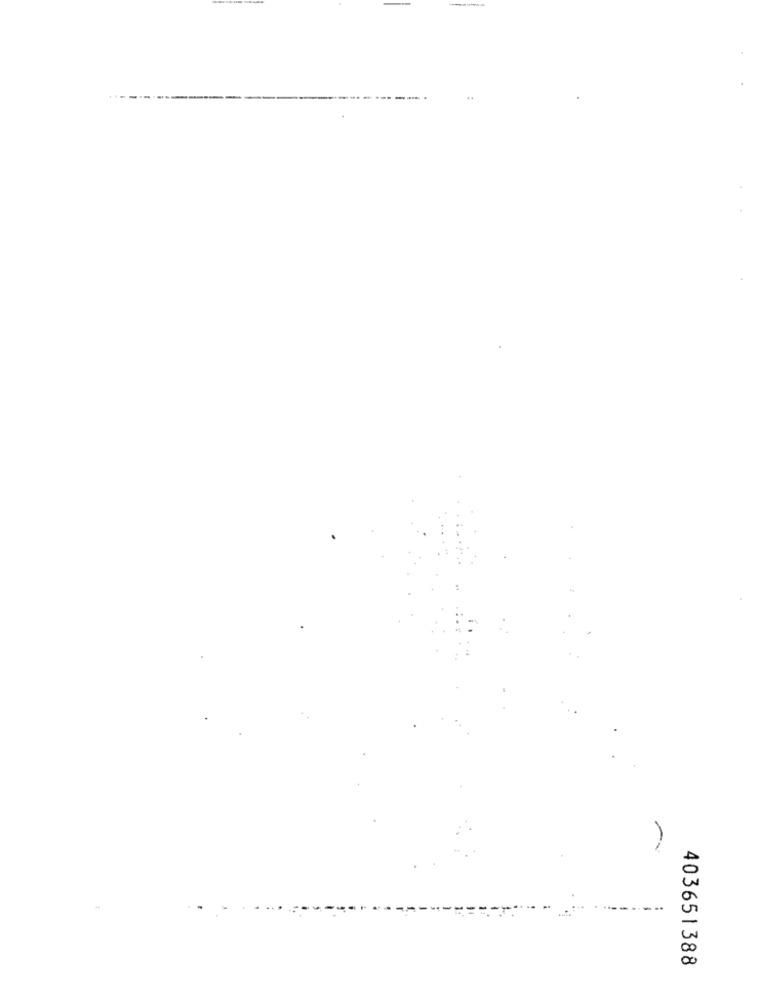
403651388